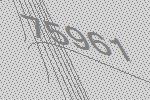
75961